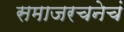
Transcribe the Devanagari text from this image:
समाजरचनेचं